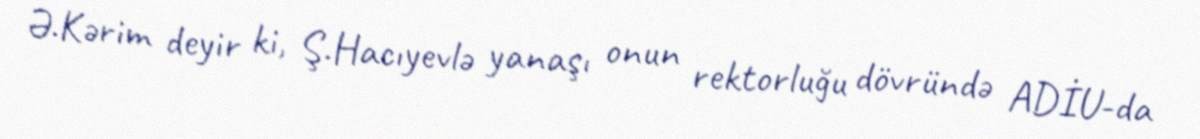
Ə.Kərim deyir ki, Ş.Hacıyevlə yanaşı onun rektorluğu dövründə ADİU-da